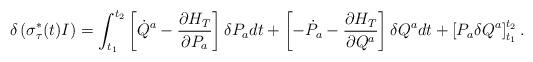
LaTeX: \begin{align*}\delta\left({\sigma_{\tau}^{*}}(t)I\right)=\int^{t_{2}}_{t_{1}}\left[\dot{Q}^{a}-\frac{\partial H_{T}}{\partial P_{a}}\right]\delta P_{a}dt+\left[-\dot{P}_{a}-\frac{\partial H_{T}}{\partial Q^{a}}\right]\delta Q^{a}dt+\left[P_{a}\delta Q^{a}\right]^{t_{2}}_{t_{1}}.\end{align*}